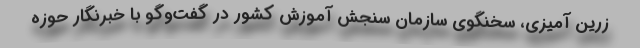
زرین آمیزی، سخنگوی سازمان سنجش آموزش کشور در گفت‌وگو با خبرنگار حوزه